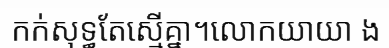
កក់សុទ្ធតែស្មើគ្នា។លោកយាយា ង